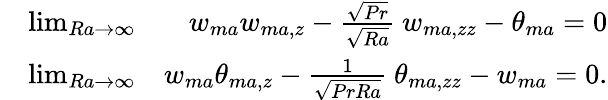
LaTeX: \begin{array}{rlr}&{\operatorname*{lim}_{Ra\to\infty}}&{w_{ma}w_{ma,z}-\frac{\sqrt{Pr}}{\sqrt{Ra}}\ w_{ma,zz}-\theta_{ma}=0}\\ &{\operatorname*{lim}_{Ra\to\infty}}&{w_{ma}\theta_{ma,z}-\frac{1}{\sqrt{PrRa}}\ \theta_{ma,zz}-w_{ma}=0.}\end{array}